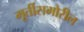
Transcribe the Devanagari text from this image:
मूर्तीसमोरील